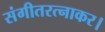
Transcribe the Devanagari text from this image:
संगीतरत्नाकर।